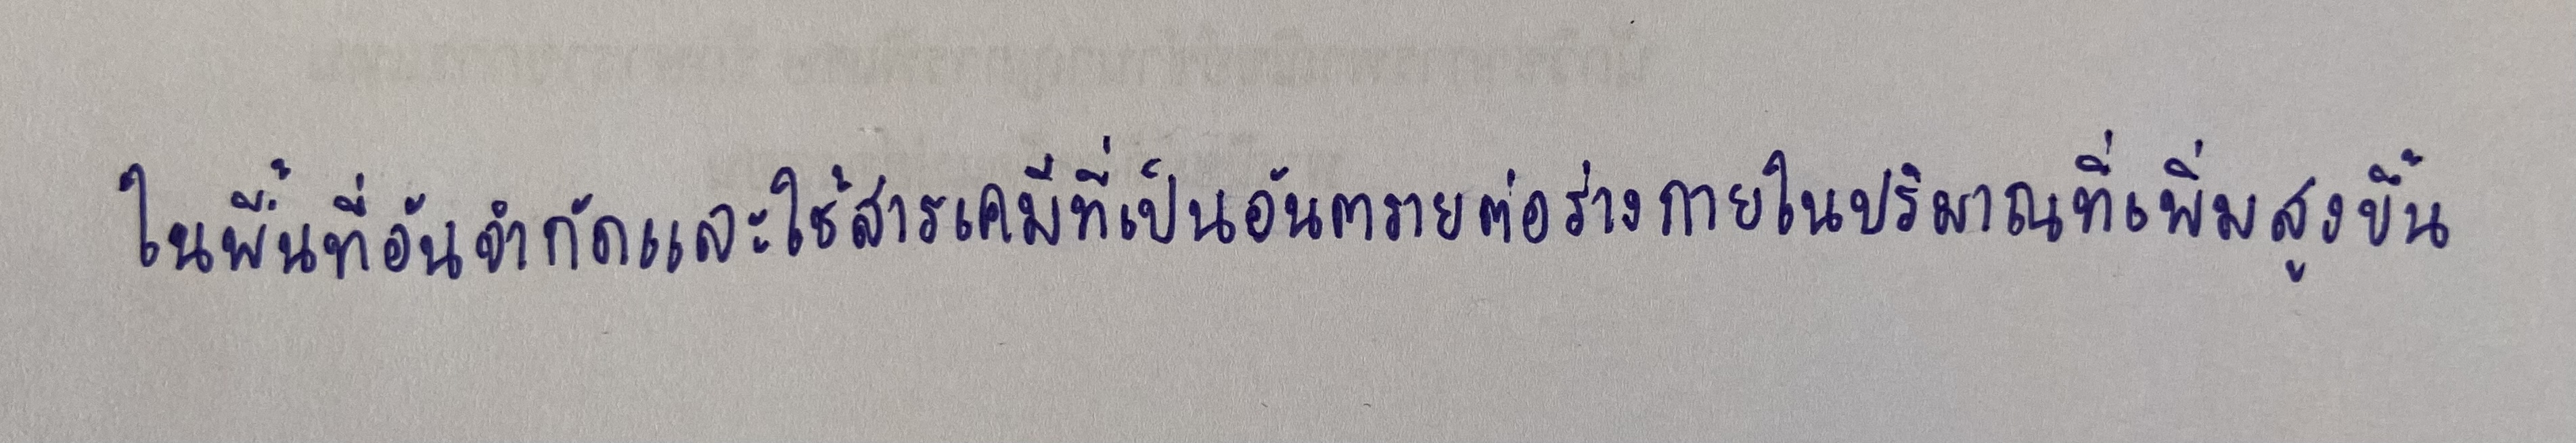
ในพื้นที่อันจำกัดและใช้สารเคมีที่เป็นอันตรายต่อร่างกายในปริมาณที่เพิ่มสูงขึ้น